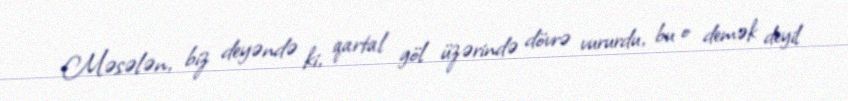
Məsələn, biz deyəndə ki, qartal göl üzərində dövrə vururdu, bu o demək deyil